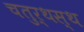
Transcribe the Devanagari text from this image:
चतुर्थस्थ